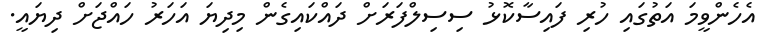
އެހެންވީމަ އަތުގައި ހުރި ފައިސާކޮޅު ސިސިލްފަރަށް ދައްކައިގެން މިދިޔަ އަހަރު ހައްޖަށް ދިޔައީ.